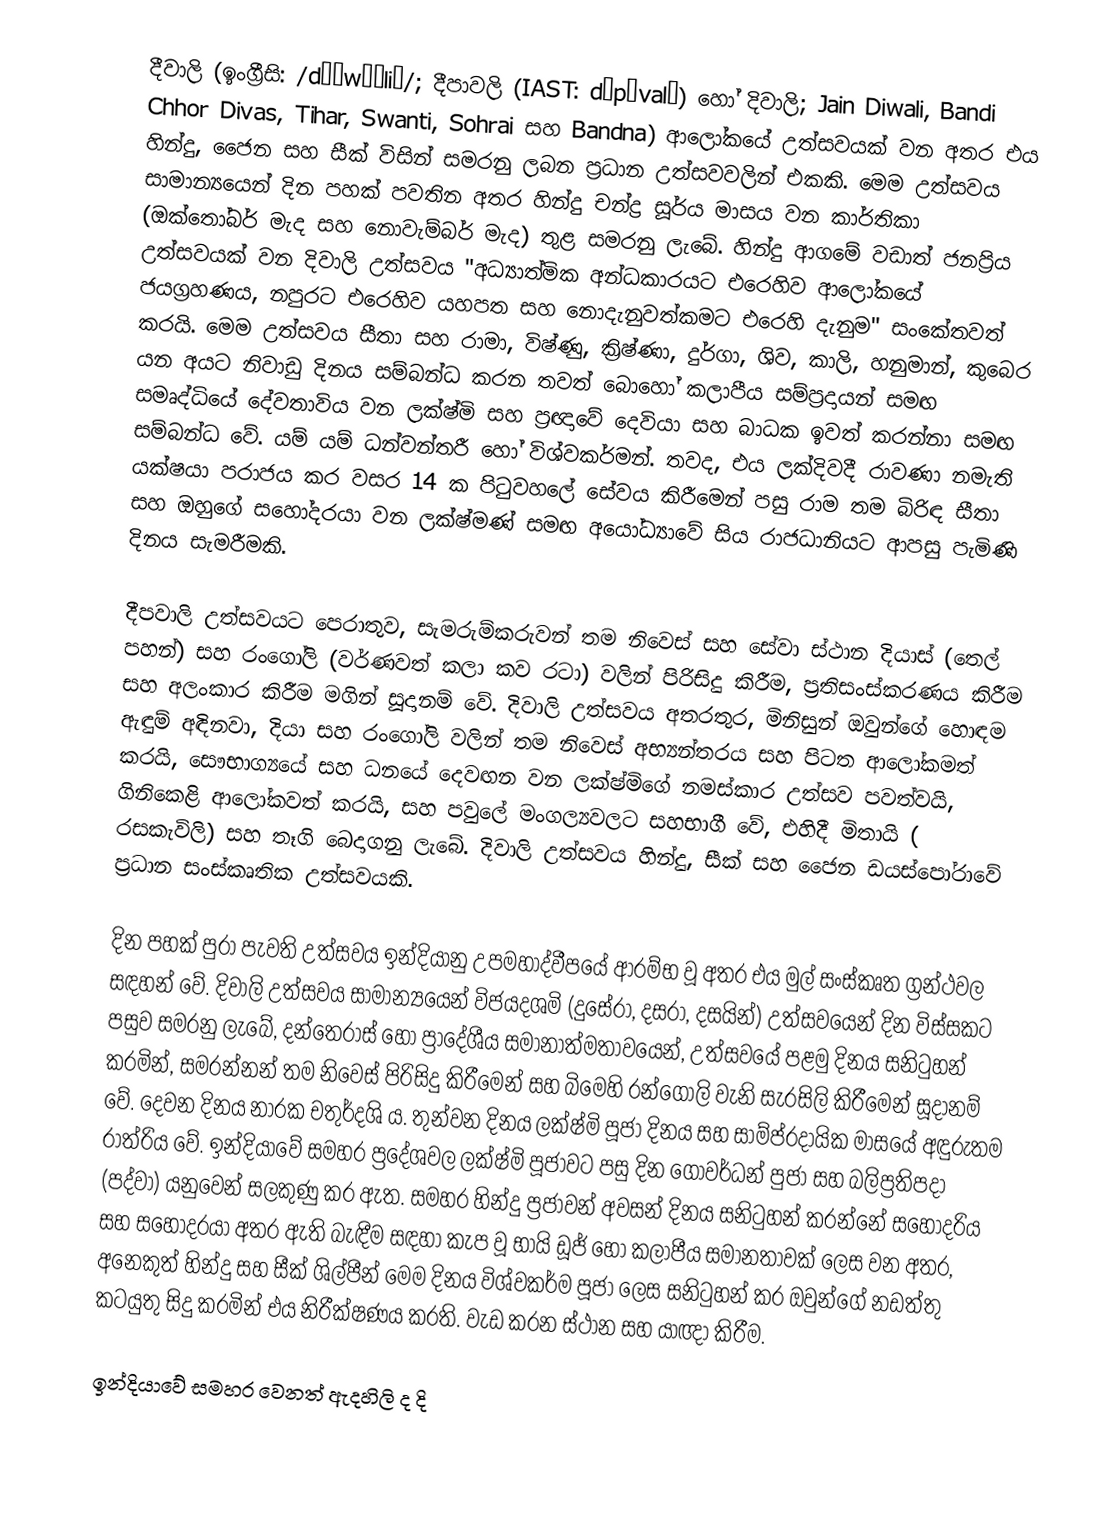
දීවාලි (ඉංග්‍රීසි: /dɪˈwɑːliː/; දීපාවලි (IAST: dīpāvalī) හෝ දිවාලි; Jain Diwali, Bandi Chhor Divas, Tihar, Swanti, Sohrai සහ Bandna) ආලෝකයේ උත්සවයක් වන අතර එය හින්දු, ජෛන සහ සීක් විසින් සමරනු ලබන ප්‍රධාන උත්සවවලින් එකකි. මෙම උත්සවය සාමාන්‍යයෙන් දින පහක් පවතින අතර හින්දු චන්ද්‍ර සූර්ය මාසය වන කාර්තිකා (ඔක්තෝබර් මැද සහ නොවැම්බර් මැද) තුළ සමරනු ලැබේ. හින්දු ආගමේ වඩාත් ජනප්‍රිය උත්සවයක් වන දිවාලි උත්සවය "අධ්‍යාත්මික අන්ධකාරයට එරෙහිව ආලෝකයේ ජයග්‍රහණය, නපුරට එරෙහිව යහපත සහ නොදැනුවත්කමට එරෙහි දැනුම" සංකේතවත් කරයි. මෙම උත්සවය සීතා සහ රාමා, විෂ්ණු, ක්‍රිෂ්ණා, දුර්ගා, ශිව, කාලි, හනුමාන්, කුබෙර යන අයට නිවාඩු දිනය සම්බන්ධ කරන තවත් බොහෝ කලාපීය සම්ප්‍රදායන් සමඟ සමෘද්ධියේ දේවතාවිය වන ලක්ෂ්මි සහ ප්‍රඥාවේ දෙවියා සහ බාධක ඉවත් කරන්නා සමඟ සම්බන්ධ වේ. යම් යම් ධන්වන්තරී හෝ විශ්වකර්මන්. තවද, එය ලක්දිවදී රාවණා නමැති යක්ෂයා පරාජය කර වසර 14 ක පිටුවහලේ සේවය කිරීමෙන් පසු රාම තම බිරිඳ සීතා සහ ඔහුගේ සහෝදරයා වන ලක්ෂ්මණ් සමඟ අයෝධ්‍යාවේ සිය රාජධානියට ආපසු පැමිණි දිනය සැමරීමකි.

දීපවාලි උත්සවයට පෙරාතුව, සැමරුම්කරුවන් තම නිවෙස් සහ සේවා ස්ථාන දියාස් (තෙල් පහන්) සහ රංගෝලි (වර්ණවත් කලා කව රටා) වලින් පිරිසිදු කිරීම, ප්‍රතිසංස්කරණය කිරීම සහ අලංකාර කිරීම මගින් සූදානම් වේ. දිවාලි උත්සවය අතරතුර, මිනිසුන් ඔවුන්ගේ හොඳම ඇඳුම් අඳිනවා, දියා සහ රංගෝලි වලින් තම නිවෙස් අභ්‍යන්තරය සහ පිටත ආලෝකමත් කරයි, සෞභාග්‍යයේ සහ ධනයේ දෙවඟන වන ලක්ෂ්මිගේ නමස්කාර උත්සව පවත්වයි, ගිනිකෙළි ආලෝකවත් කරයි, සහ පවුලේ මංගල්‍යවලට සහභාගී වේ, එහිදී මිතායි ( රසකැවිලි) සහ තෑගි බෙදාගනු ලැබේ. දිවාලි උත්සවය හින්දු, සීක් සහ ජෛන ඩයස්පෝරාවේ ප්‍රධාන සංස්කෘතික උත්සවයකි.

දින පහක් පුරා පැවති උත්සවය ඉන්දියානු උපමහාද්වීපයේ ආරම්භ වූ අතර එය මුල් සංස්කෘත ග්‍රන්ථවල සඳහන් වේ. දිවාලි උත්සවය සාමාන්‍යයෙන් විජයදශමි (දුසේරා, දසරා, දසයින්) උත්සවයෙන් දින විස්සකට පසුව සමරනු ලැබේ, දන්තෙරාස් හෝ ප්‍රාදේශීය සමානාත්මතාවයෙන්, උත්සවයේ පළමු දිනය සනිටුහන් කරමින්, සමරන්නන් තම නිවෙස් පිරිසිදු කිරීමෙන් සහ බිමෙහි රන්ගෝලි වැනි සැරසිලි කිරීමෙන් සූදානම් වේ. දෙවන දිනය නාරක චතුර්දශි ය. තුන්වන දිනය ලක්ෂ්මි පූජා දිනය සහ සාම්ප්රදායික මාසයේ අඳුරුතම රාත්රිය වේ. ඉන්දියාවේ සමහර ප්‍රදේශවල ලක්ෂ්මි පූජාවට පසු දින ගෝවර්ධන් පුජා සහ බලිප්‍රතිපදා (පද්වා) යනුවෙන් සලකුණු කර ඇත. සමහර හින්දු ප්‍රජාවන් අවසන් දිනය සනිටුහන් කරන්නේ සහෝදරිය සහ සහෝදරයා අතර ඇති බැඳීම සඳහා කැප වූ භායි ඩූජ් හෝ කලාපීය සමානතාවක් ලෙස වන අතර, අනෙකුත් හින්දු සහ සීක් ශිල්පීන් මෙම දිනය විශ්වකර්ම පූජා ලෙස සනිටුහන් කර ඔවුන්ගේ නඩත්තු කටයුතු සිදු කරමින් එය නිරීක්ෂණය කරති. වැඩ කරන ස්ථාන සහ යාඥා කිරීම.

ඉන්දියාවේ සමහර වෙනත් ඇදහිලි ද දි